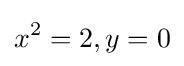
x^{2}=2,y=0